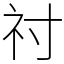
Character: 𥘑